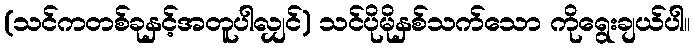
(သင်ကတစ်ခုနှင့်အတူပါလျှင်) သင်ပိုမိုနှစ်သက်သော ကိုရွေးချယ်ပါ။